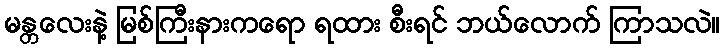
မန္တလေးနဲ့ မြစ်ကြီးနားကရော ရထား စီးရင် ဘယ်လောက် ကြာသလဲ။